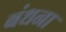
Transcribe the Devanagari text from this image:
बंधना